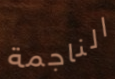
الناجمة